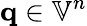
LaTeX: \mathbf{q}\in{\mathbb{V}}^{n}